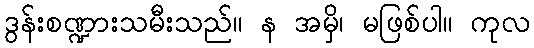
ဒွန်းစဏ္ဍားသမီးသည်။ န အမှိ၊ မဖြစ်ပါ။ ကုလ